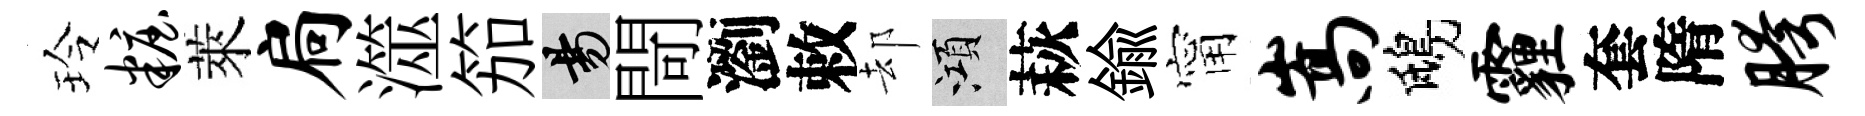
玲妆萊扃澨笳昜閜瀏敕却澒萩鍮甯嵩鴟霾套隋胯